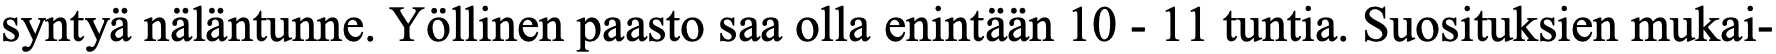
syntyä näläntunne. Yöllinen paasto saa olla enintään 10 - 11 tuntia. Suosituksien mukai-